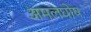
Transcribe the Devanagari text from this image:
अमलघोष